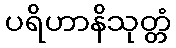
ပရိဟာနိသုတ္တံ